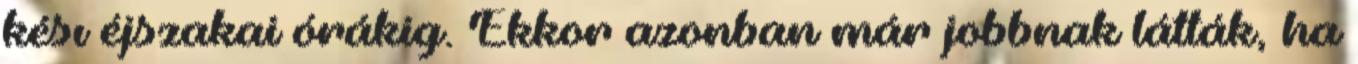
késı éjszakai órákig. Ekkor azonban már jobbnak látták, ha